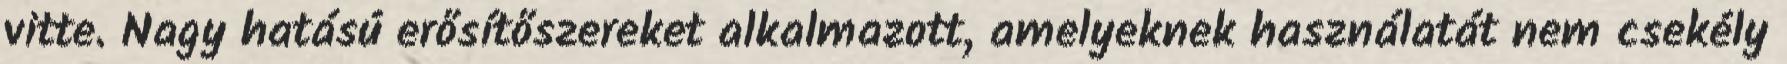
vitte. Nagy hatású erősítőszereket alkalmazott, amelyeknek használatát nem csekély